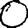
Digit: 0